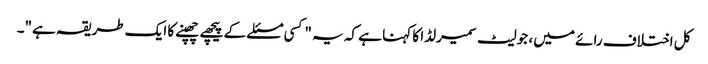
کل اختلاف رائے میں ، جولیٹ سمیرلڈا کا کہنا ہے کہ یہ "کسی مسئلے کے پیچھے چھپنے کا ایک طریقہ ہے"۔